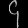
Digit: ၄